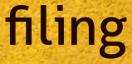
filing